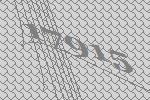
17915